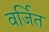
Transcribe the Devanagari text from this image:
वर्जित